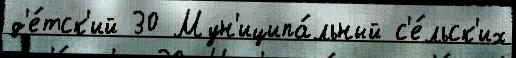
д'е́тск'ий 30 Мун'иципа́льный с'е́льск'их